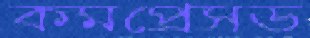
কমপ্রেসড